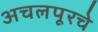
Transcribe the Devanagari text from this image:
अचलपूरचे